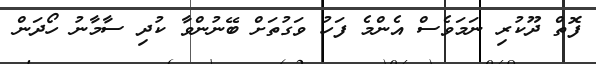
ފޮތް ދޫކުރި ނަމަވެސް އެންމެ ފަހު ވަގުތަށް ބޭނުންވާ ކުދި ސާމާނު ހޯދަން